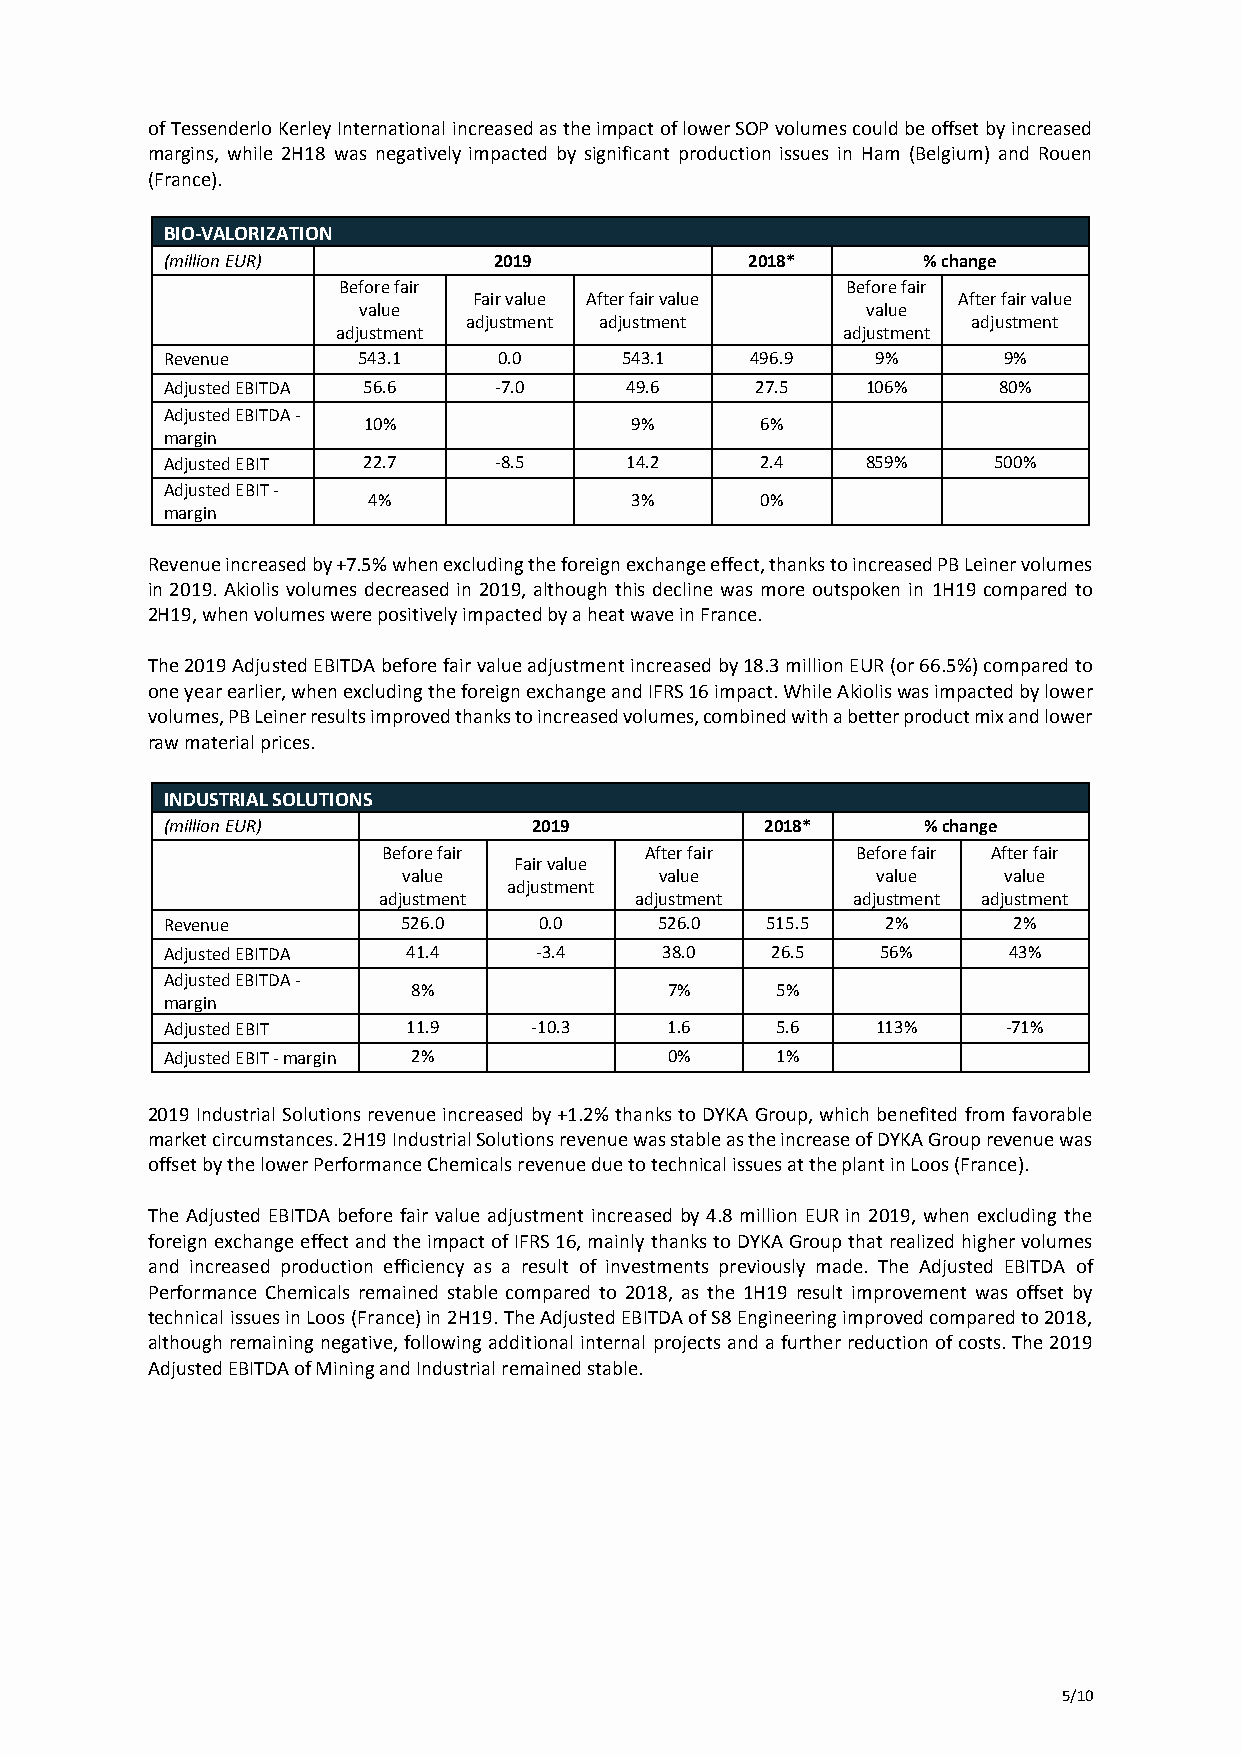
of Tessenderlo Kerley International increased as the impact of lower SOP volumes could be offset by increased
 margins, while 2H18 was negatively impacted by significant production issues in Ham (Belgium) and Rouen
 (France).
 BIO-VALORIZATION
 (million EUR)         2019            2018*       % change
 Before fair                       Before fair
 Fair value After fair value     After fair value
 value                            value
 adjustment adjustment            adjustment
 adjustment                        adjustment
 Revenue      543.1    0.0     543.1    496.9   9%      9%
 Adjusted EBITDA 56.6  -7.0    49.6     27.5   106%     80%
 Adjusted EBITDA -
 10%               9%      6%
 margin
 Adjusted EBIT 22.7    -8.5    14.2     2.4    859%     500%
 Adjusted EBIT -
 4%                3%      0%
 margin
 Revenue increased by +7.5% when excluding the foreign exchange effect, thanks to increased PB Leiner volumes
 in 2019. Akiolis volumes decreased in 2019, although this decline was more outspoken in 1H19 compared to
 2H19, when volumes were positively impacted by a heat wave in France.
 The 2019 Adjusted EBITDA before fair value adjustment increased by 18.3 million EUR (or 66.5%) compared to
 one year earlier, when excluding the foreign exchange and IFRS 16 impact. While Akiolis was impacted by lower
 volumes, PB Leiner results improved thanks to increased volumes, combined with a better product mix and lower
 raw material prices.
 INDUSTRIAL SOLUTIONS
 (million EUR)           2019            2018*     % change
 Before fair       After fair    Before fair After fair
 Fair value
 value            value         value   value
 adjustment
 adjustment       adjustment    adjustment adjustment
 Revenue         526.0    0.0     526.0  515.5   2%      2%
 Adjusted EBITDA 41.4    -3.4     38.0   26.5   56%      43%
 Adjusted EBITDA -
 8%               7%     5%
 margin
 Adjusted EBIT   11.9    -10.3    1.6    5.6    113%     -71%
 Adjusted EBIT - margin 2%        0%     1%
 2019 Industrial Solutions revenue increased by +1.2% thanks to DYKA Group, which benefited from favorable
 market circumstances. 2H19 Industrial Solutions revenue was stable as the increase of DYKA Group revenue was
 offset by the lower Performance Chemicals revenue due to technical issues at the plant in Loos (France).
 The Adjusted EBITDA before fair value adjustment increased by 4.8 million EUR in 2019, when excluding the
 foreign exchange effect and the impact of IFRS 16, mainly thanks to DYKA Group that realized higher volumes
 and increased production efficiency as a result of investments previously made. The Adjusted EBITDA of
 Performance Chemicals remained stable compared to 2018, as the 1H19 result improvement was offset by
 technical issues in Loos (France) in 2H19. The Adjusted EBITDA of S8 Engineering improved compared to 2018,
 although remaining negative, following additional internal projects and a further reduction of costs. The 2019
 Adjusted EBITDA of Mining and Industrial remained stable.
 5/10